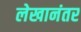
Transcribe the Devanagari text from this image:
लेखानंतर